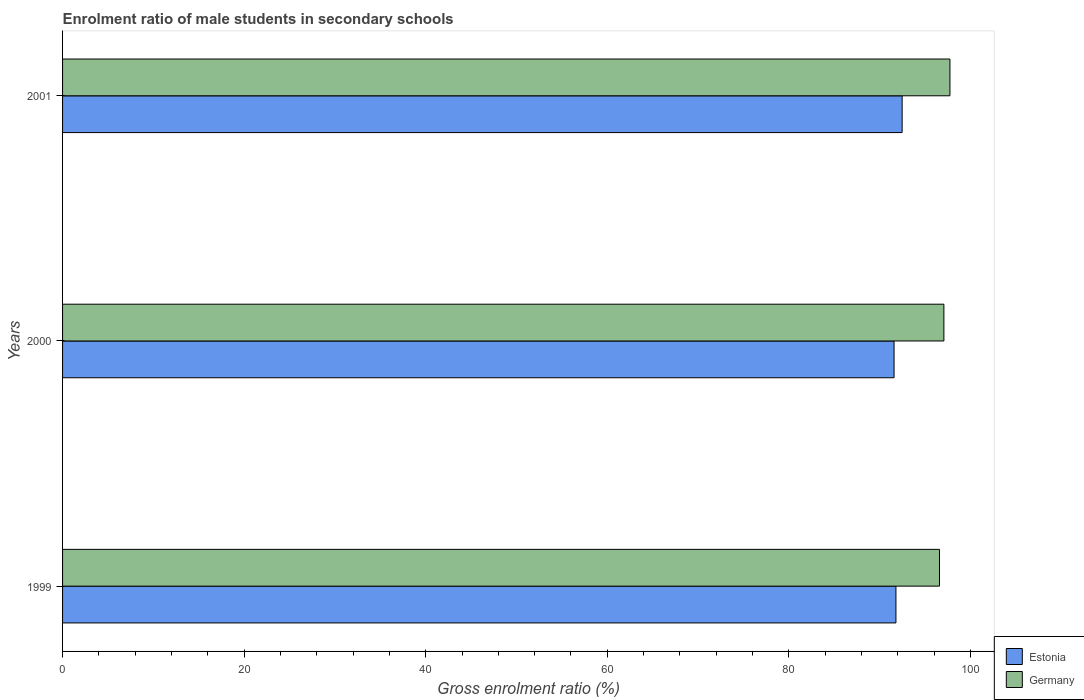
| Years | Estonia | Germany |
 | --- | --- | --- |
 | 1999 | 91.8 | 96.6 |
 | 2000 | 91.6 | 97.1 |
 | 2001 | 92.5 | 97.7 |